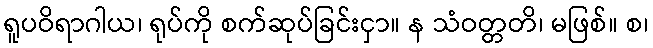
ရူပဝိရာဂါယ၊ ရုပ်ကို စက်ဆုပ်ခြင်းငှာ။ န သံဝတ္တတိ၊ မဖြစ်။ စ၊